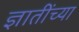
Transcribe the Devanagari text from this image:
ज्ञातींच्या